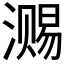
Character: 𣽷